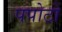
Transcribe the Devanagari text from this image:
पपोटो